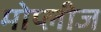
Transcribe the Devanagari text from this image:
मोप्लीज